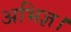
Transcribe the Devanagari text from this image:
अभिज्ञ।